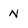
Character: n